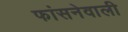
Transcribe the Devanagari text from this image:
फांसनेवाली